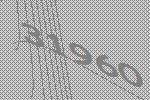
31960